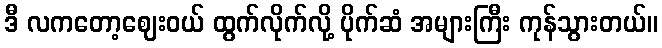
ဒီ လကတော့ဈေးဝယ် ထွက်လိုက်လို့ ပိုက်ဆံ အများကြီး ကုန်သွားတယ်။